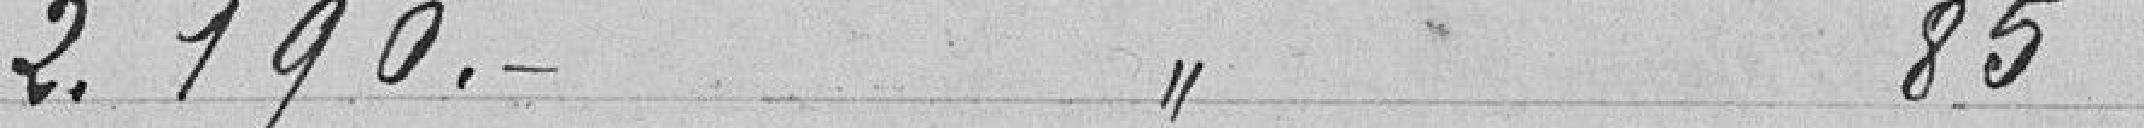
2.190 francs article 85